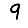
Digit: 9